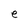
Character: S